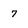
Character: 7